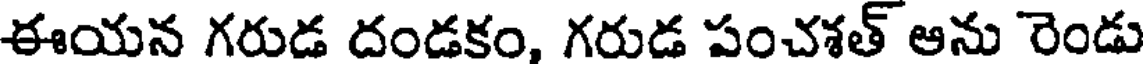
ఈయన గరుడ దండకం, గరుడ పంచశత్ అను రెండు